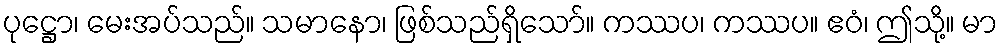
ပုဋ္ဌော၊ မေးအပ်သည်။ သမာနော၊ ဖြစ်သည်ရှိသော်။ ကဿပ၊ ကဿပ။ ဧဝံ၊ ဤသို့။ မာ